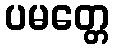
ပမတ္တေ